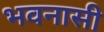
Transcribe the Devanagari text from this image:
भवनासी